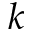
k